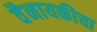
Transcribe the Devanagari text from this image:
वैनायकीचा